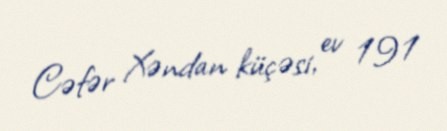
Cəfər Xəndan küçəsi, ev 191